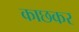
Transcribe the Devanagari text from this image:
काछकर